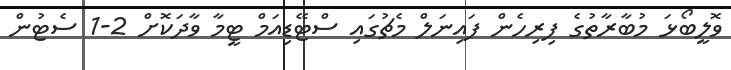
ވޮލީބޯޅަ މުބާރާތުގެ ފިރިހެން ފައިނަލް މެޗުގައި ސްޓޭޑިއަމް ޓީމާ ވާދަކޮށް 2-1 ސެޓުން